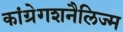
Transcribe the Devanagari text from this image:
कांग्रेगशनैलिज्म